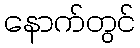
နောက်တွင်